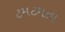
ટમટમતા